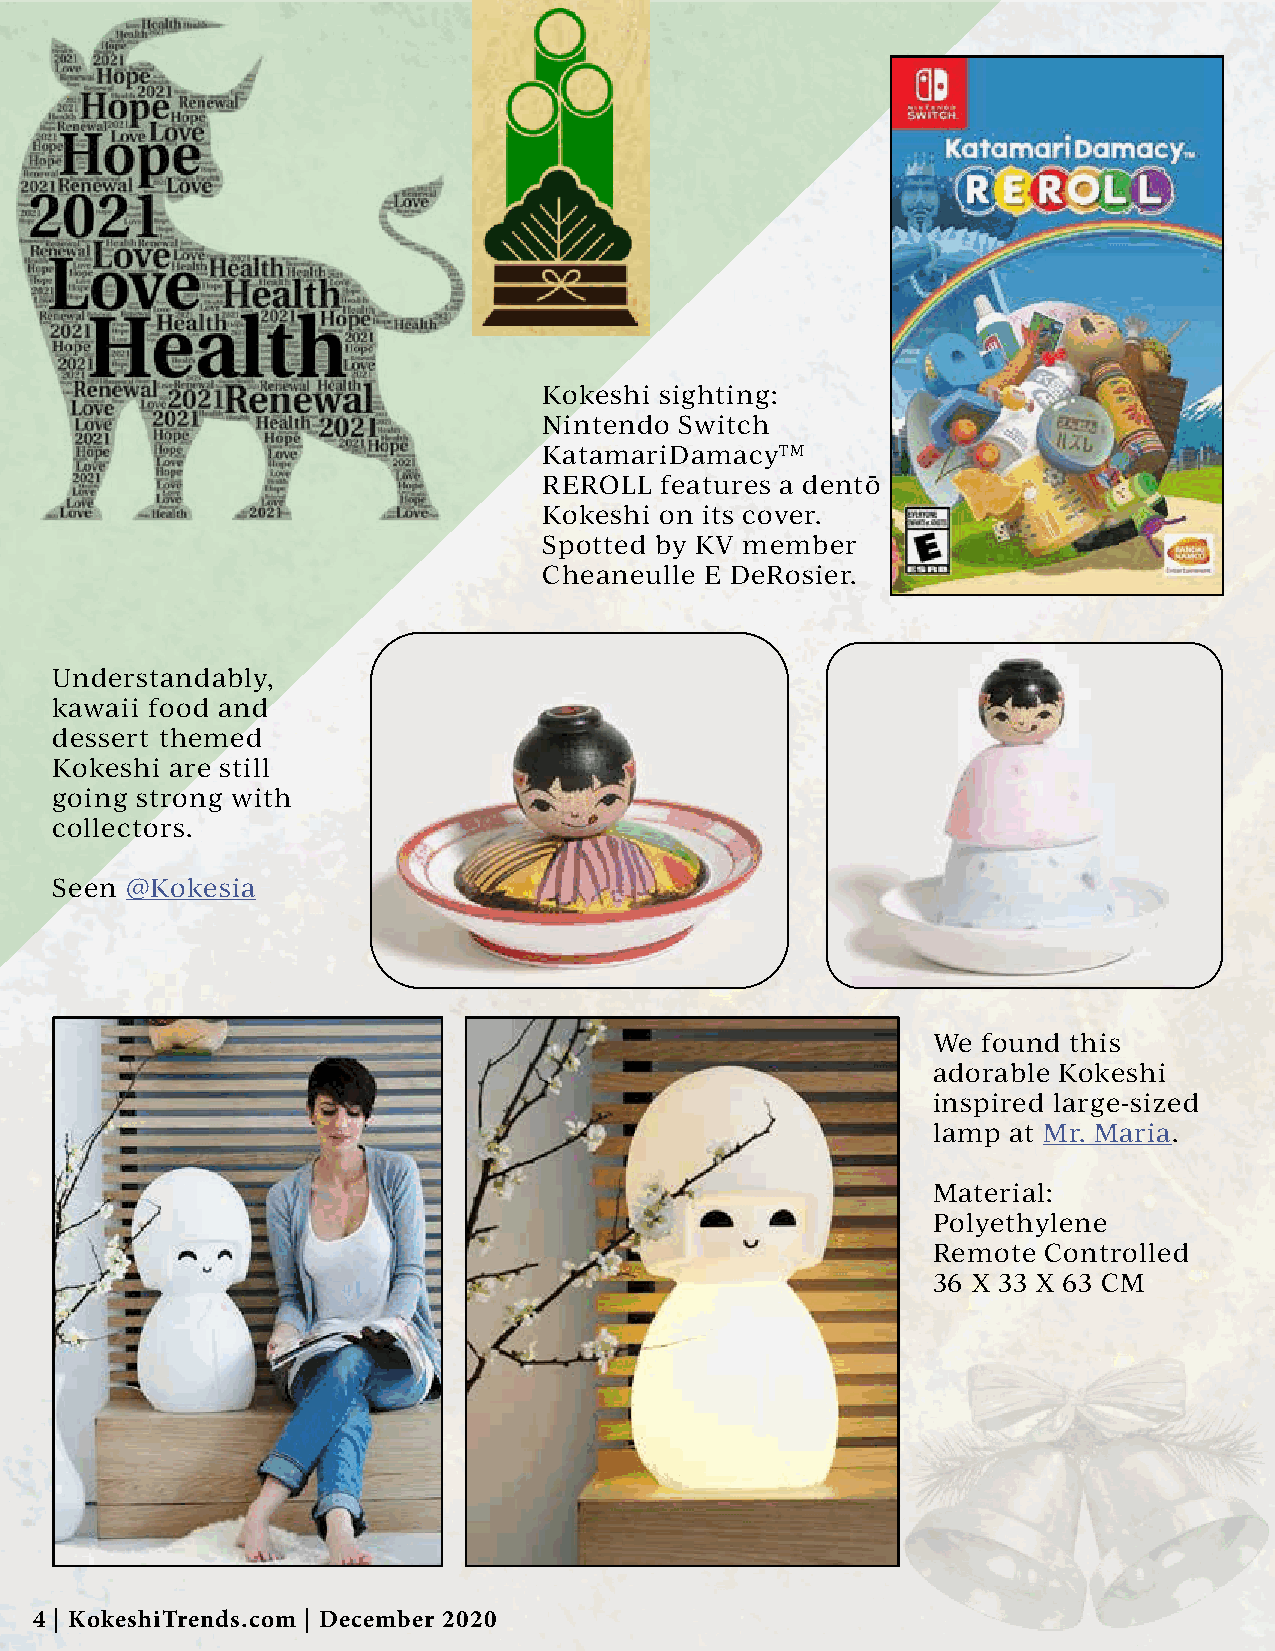
Kokeshi sighting:
 Nintendo Switch
 KatamariDamacyTM
 REROLL  features a dentō
 Kokeshi on its cover.
 Spotted by KV member
 Cheaneulle E DeRosier.
 Understandably,
 kawaii food and
 dessert themed
 Kokeshi are still
 going strong with
 collectors.
 Seen @Kokesia
 We found this
 adorable Kokeshi
 inspired large-sized
 lamp at Mr. Maria.
 Material:
 Polyethylene
 Remote Controlled
 36 X 33 X 63 CM
 4 | KokeshiTrends.com | December 2020